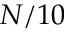
N / 1 0